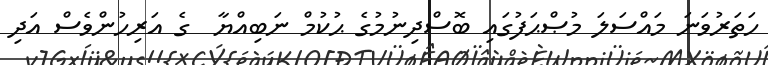
ހަތަރުވަނަ މައްސަލަ މުޞްޙަފުގައި ބޮސްދިނުމުގެ ޙުކުމް ނަބިއްޔާ  ގެ އަރިހުންވެސް އަދި